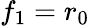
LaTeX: f_{1}=r_{0}